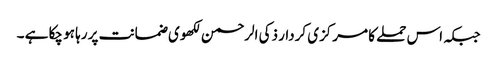
جبکہ اس حملے کا مرکزی کردار ذکی الرحمن لکھوی ضمانت پر رہا ہو چکا ہے ۔